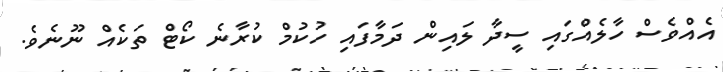
އެއްވެސް ހާލެއްގައި ސީދާ ލައިން ދަމާފައި ހުކުމް ކުރާނެ ކޯޓް ތަކެއް ނޫނެވެ.